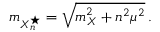
m _ { X _ { n } ^ { \star } } = \sqrt { m _ { X } ^ { 2 } + n ^ { 2 } \mu ^ { 2 } } \, .